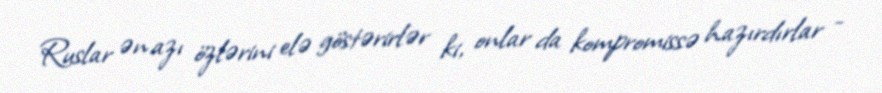
Ruslar ən azı özlərini elə göstərirlər ki, onlar da kompromissə hazırdırlar -